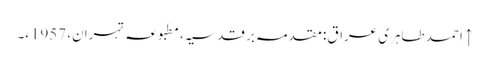
↑ احمد طاہری عراق: مقدمہ بر قدسیہ، مطبوعہ تہران، 1957ء۔